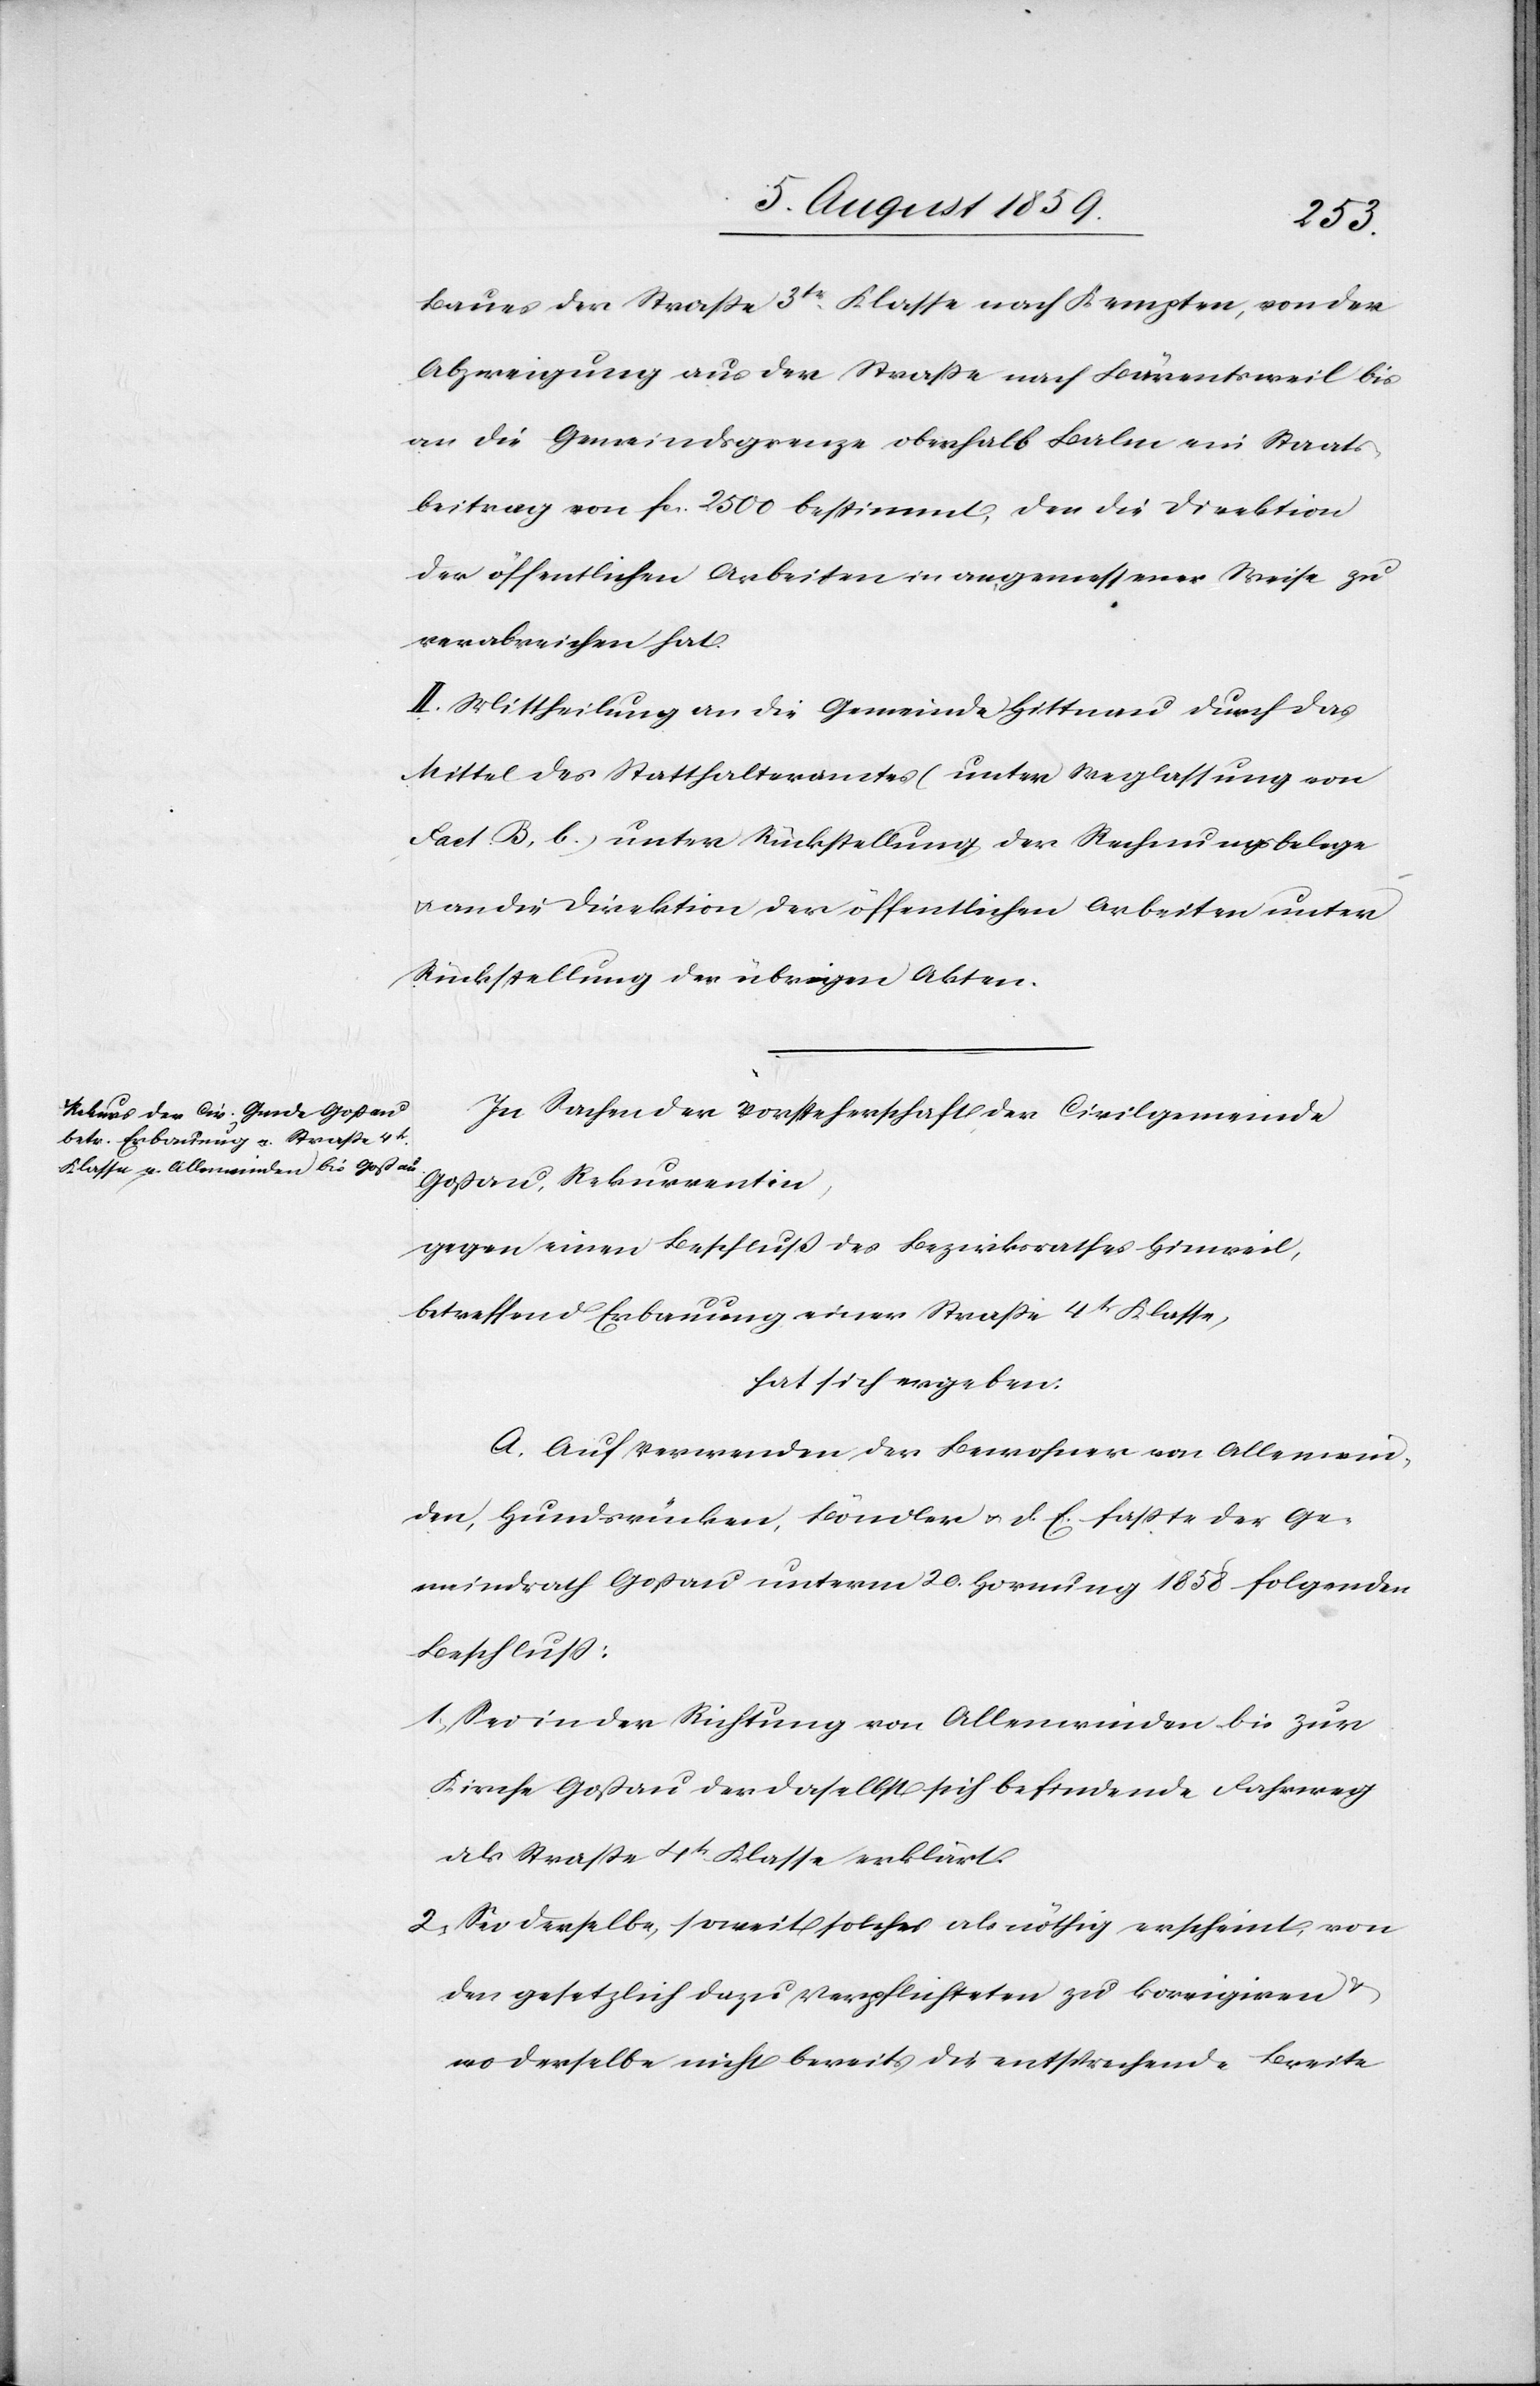
Baues der Straße 3tr. Klasse nach Kempten, von der
Abzweigung aus der Straße nach Bärentsweil bis
an die Gemeindsgrenze oberhalb Balm ein Staats¬
beitrag von fcs. 2500 bestimmt, den die Direktion
der öffentlichen Arbeiten in angemessener Weise zu
verabreichen hat.
II. Mittheilung an die Gemeinde Hittnau durch das
Mittel des Statthalteramtes (unter Weglassung von
Fact. B, b.) unter Rückstellung der Rechnungsbelege
u. an die Direktion der öffentlichen Arbeiten unter
Rückstellung der übrigen Akten.
In Sachen der Vorsteherschaft der Civilgemeinde
Goßau, Rekurrentin,
gegen einen Beschluß des Bezirksrathes Hinweil,
betreffend Erbauung einer Straße 4tr. Klasse,
hat sich ergeben:
A. Auf verwenden der Bewohner von Allenwin¬
den, Hundsrücken, Böndler u. d. E. faßte der Ge¬
meindrath Goßau unterm 20. Hornung 1858 folgenden
Beschluß:
1. Sei in der Richtung von Allenwinden bis zur
Kirche Goßau der daselbst sich befindende Fahrweg
als Straße 4tr. Klasse erklärt.
2. Sei derselbe, soweit solches als nöthig erscheint, von
den gesetzlich dazu Verpflichteten zu korrigieren u.
wo derselbe nicht bereits die entsprechende Breite